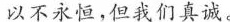
以不永恒，但我们真诚。